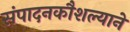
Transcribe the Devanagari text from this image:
संपादनकौशल्याने